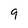
Character: 9